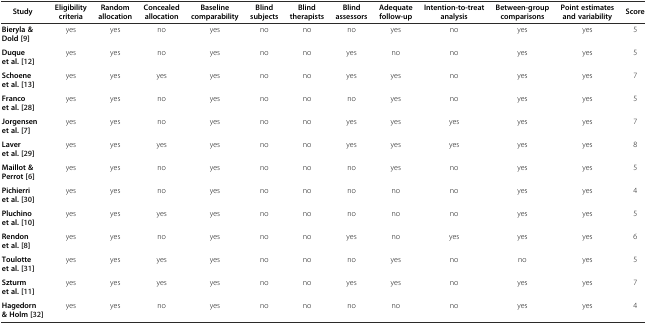
| Study | Eligibility criteria | Random allocation | Concealed allocation | Baseline comparability | Blind subjects | Blind therapists | Blind assessors | Adequate follow-up | Intention-to-treat analysis | Between-group comparisons | Point estimates and variability | Score |
 | --- | --- | --- | --- | --- | --- | --- | --- | --- | --- | --- | --- | --- |
 | Bieryla & Dold[9] | yes | yes | no | yes | no | no | no | yes | no | yes | yes | 5 |
 | Duque et al.[12] | yes | yes | no | yes | no | no | yes | no | no | yes | yes | 5 |
 | Schoene et al.[13] | yes | yes | yes | yes | no | no | yes | yes | no | yes | yes | 7 |
 | Franco et al.[28] | yes | yes | no | yes | no | no | no | yes | no | yes | yes | 5 |
 | Jorgensen et al.[7] | yes | yes | no | yes | no | no | yes | yes | yes | yes | yes | 7 |
 | Laver et al.[29] | yes | yes | yes | yes | no | no | yes | yes | yes | yes | yes | 8 |
 | Maillot & Perrot[6] | yes | yes | no | yes | no | no | no | yes | no | yes | yes | 5 |
 | Pichierri et al.[30] | yes | yes | no | yes | no | no | no | no | no | yes | yes | 4 |
 | Pluchino et al.[10] | yes | yes | yes | yes | no | no | no | no | no | yes | yes | 5 |
 | Rendon et al.[8] | yes | yes | no | yes | no | no | yes | no | yes | yes | yes | 6 |
 | Toulotte et al.[31] | yes | yes | yes | yes | no | no | no | yes | no | no | yes | 5 |
 | Szturm et al.[11] | yes | yes | yes | yes | no | no | yes | yes | no | yes | yes | 7 |
 | Hagedorn & Holm[32] | yes | yes | no | yes | no | no | no | no | no | yes | yes | 4 |